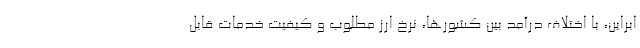
ابراین، با اختلاف درآمد بین کشورها، نرخ ارز مطلوب و کیفیت خدمات قابل